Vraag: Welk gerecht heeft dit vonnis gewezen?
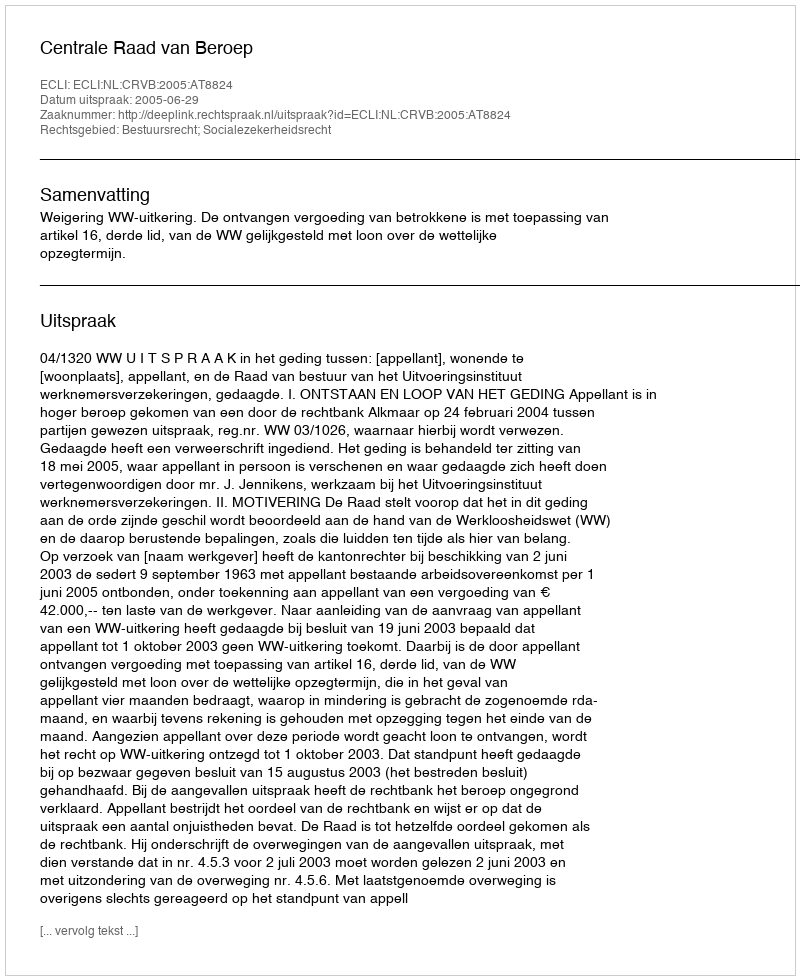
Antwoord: Centrale Raad van Beroep